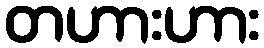
တဟားဟား